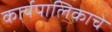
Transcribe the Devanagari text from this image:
कार्यपालिकाचे